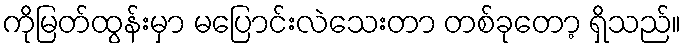
ကိုမြတ်ထွန်းမှာ မပြောင်းလဲသေးတာ တစ်ခုတော့ ရှိသည်။